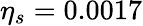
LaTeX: \eta_{s}=0.0017